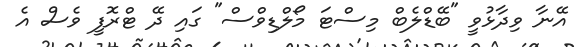
އޭނާ ވިދާޅުވީ "ބޭޑްލެބް މިސްޓަ މޯލްޑިވްސް" ގައި ދޭ ޓްރޮފީ ވެސް އެ